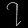
Digit: ၇